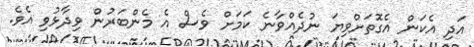
އަދި އެކަން އެގޮތަށްވިޔަ ނުދެއްވާނެ ކަމަށް ވެސް އެ މެންބަރުން ވިދާޅުވި އެވެ.